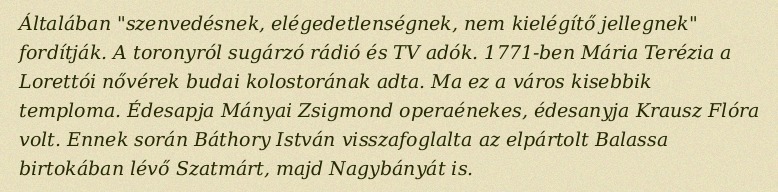
Általában "szenvedésnek, elégedetlenségnek, nem kielégítő jellegnek" fordítják. A toronyról sugárzó rádió és TV adók. 1771-ben Mária Terézia a Lorettói nővérek budai kolostorának adta. Ma ez a város kisebbik temploma. Édesapja Mányai Zsigmond operaénekes, édesanyja Krausz Flóra volt. Ennek során Báthory István visszafoglalta az elpártolt Balassa birtokában lévő Szatmárt, majd Nagybányát is.